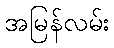
အမြန်လမ်း